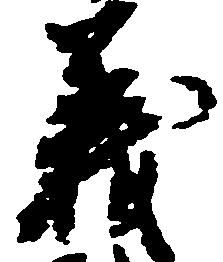
義